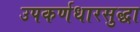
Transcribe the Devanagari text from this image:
उपकर्णधारसुद्धा